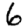
Digit: 6